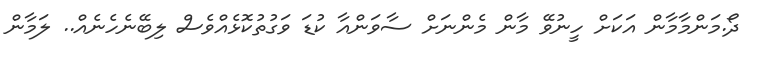
ދޯ.މަންމާމާން އަކަަށް ހީނުވޭ މާން މެންނަށް ސާވަންއާ ކުޑަ ވަގުތުކޮޅެއްވެސް ލިބޭނެހެނެއް.. ލަމާން